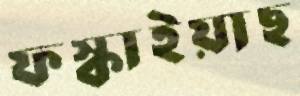
ফস্‌কাইয়াছ